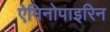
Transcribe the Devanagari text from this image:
ऐमिनोपाइरिन